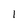
Character: 1